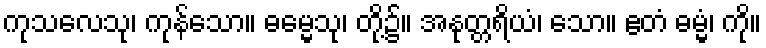
ကုသလေသု၊ ကုန်သော။ ဓမ္မေသု၊ တို့၌။ အနုတ္တရိယံ၊ သော။ ဧတံ ဓမ္မံ၊ ကို။